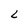
Character: L